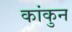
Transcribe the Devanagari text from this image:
कांकुन